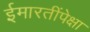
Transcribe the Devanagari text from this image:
ईमारतींपेक्षा